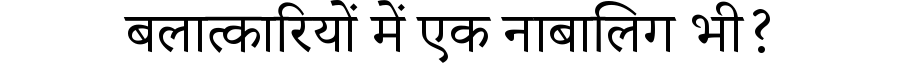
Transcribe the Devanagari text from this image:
बलात्कारियों में एक नाबालिग भी?